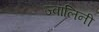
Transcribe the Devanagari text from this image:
ज्वालिनी